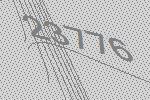
23776